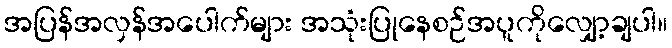
အပြန်အလှန်အပေါက်များ အသုံးပြုနေစဉ်အပူကိုလျှော့ချပါ။